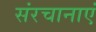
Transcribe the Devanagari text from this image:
संरचानाएं